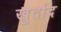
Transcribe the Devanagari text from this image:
खुर्दाद